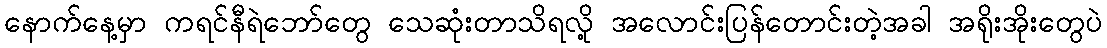
နောက်နေ့မှာ ကရင်နီရဲဘော်တွေ သေဆုံးတာသိရလို့ အလောင်းပြန်တောင်းတဲ့အခါ အရိုးအိုးတွေပဲ